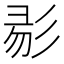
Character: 𢒓